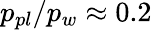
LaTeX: p_{pl}/p_{w}\approx 0.2